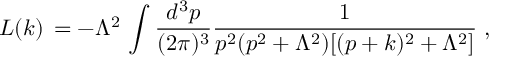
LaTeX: L ( k ) \, = - \Lambda ^ { 2 } \, \int \frac { d ^ { 3 } p } { ( 2 \pi ) ^ { 3 } } \frac { 1 } { p ^ { 2 } ( p ^ { 2 } + \Lambda ^ { 2 } ) [ ( p + k ) ^ { 2 } + \Lambda ^ { 2 } ] } \; ,